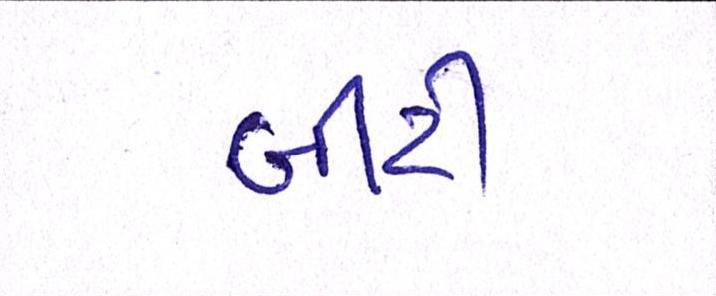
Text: બીટી